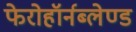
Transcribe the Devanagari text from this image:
फेरोहॉर्नब्लेण्ड